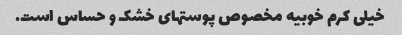
خیلی کرم خوبیه مخصوص پوستهای خشک و حساس است.